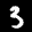
Label: 3